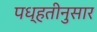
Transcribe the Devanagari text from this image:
पध्हतीनुसार